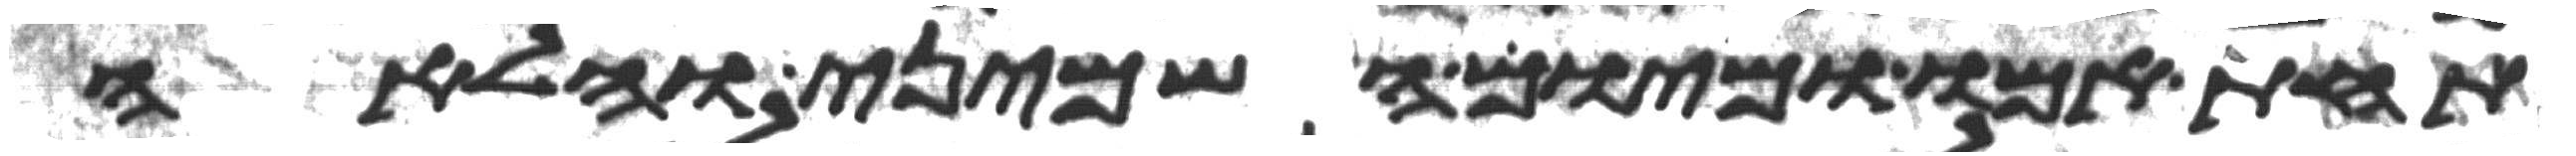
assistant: תחת אמו ומיום השמיני והלאה